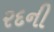
રદની